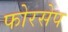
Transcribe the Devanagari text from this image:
फोरसेप